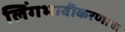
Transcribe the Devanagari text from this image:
लिंगभावीकरणाचा